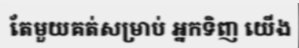
តែមួយគត់សម្រាប់ អ្នកទិញ យើង